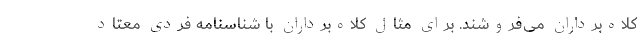
کلاه‌برداران می‌فروشند. برای مثال کلاه‌برداران با شناسنامه فردی معتاد